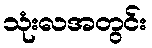
သုံးလအတွင်း